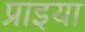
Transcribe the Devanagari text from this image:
प्राइया